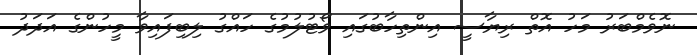
ނޮވެމްބަރު މަހު އޮތް ރިޔާސީ އިންތިހާބުގައި ވޯޓުލުމުގެ ހައްގު ލިބިފައިވާ މީހުންގެ އަދަދު